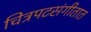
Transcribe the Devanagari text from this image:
चित्रपटसंगीतात